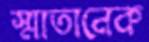
স্মাতানেক